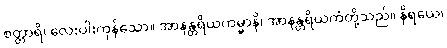
စတ္တာရိ၊ လေးပါးကုန်သော။ အာနန္တရိယကမ္မာနိ၊ အာနန္တရိယကံတို့သည်။ နိရယေ၊